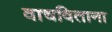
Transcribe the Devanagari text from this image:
वाचविताना